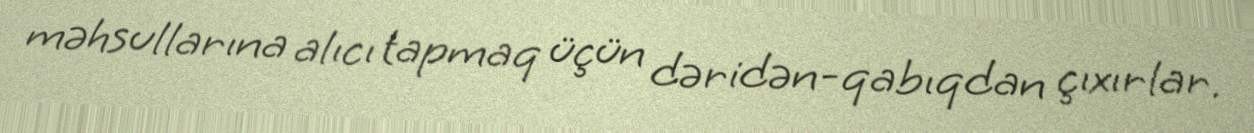
məhsullarına alıcı tapmaq üçün dəridən-qabıqdan çıxırlar.